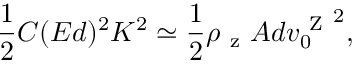
\frac { 1 } { 2 } C ( E d ) ^ { 2 } K ^ { 2 } \simeq \frac { 1 } { 2 } \rho _ { \mathrm { ~ z ~ } } A d { v _ { 0 } ^ { \mathrm { ~ Z ~ } } } ^ { 2 } ,